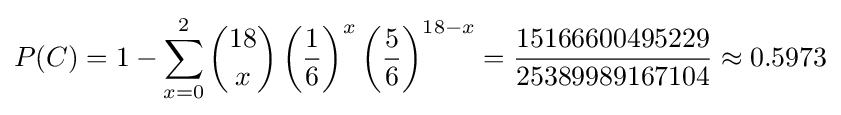
P(C)=1-\sum _{x=0}^{2}{\binom {18}{x}}\left({\frac {1}{6}}\right)^{x}\left({\frac {5}{6}}\right)^{18-x}={\frac {15166600495229}{25389989167104}}\approx 0.5973